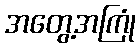
အတွေ့အကြုံ